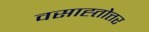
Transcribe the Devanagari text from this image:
वसाह्तोत्तर